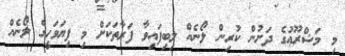
މި މަޝްރޫޢުގެ ދަށުން ކުރިން ލޯނެއް ލިބިފައިވާ ފަރާތަކަށް މި ފިޔަވަހީގެ ލޯނެއް